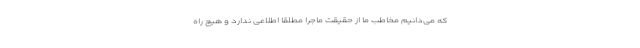
که می‌دانیم مخاطب ما از حقیقت ماجرا مطلقاً اطلاعی ندارد و هیچ راه